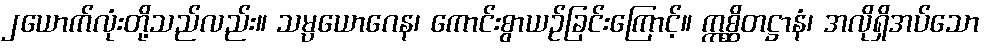
၂ယောက်လုံးတို့သည်လည်း။ သမ္ပယောဂေန၊ ကောင်းစွာယဉ်ခြင်းကြောင့်။ ဣစ္ဆိတဋ္ဌာနံ၊ အလိုရှိအပ်သော